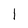
Character: 1